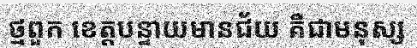
ថ្មពួក ខេត្តបន្ទាយមានជ័យ គឺជាមនុស្ស